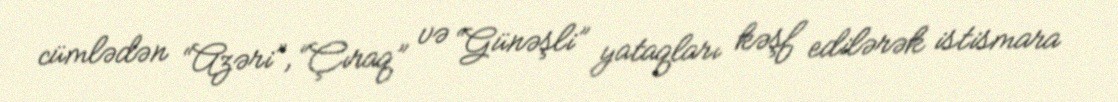
cümlədən “Azəri”, “Çıraq” və “Günəşli” yataqları kəşf edilərək istismara